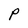
Character: P